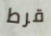
قرط